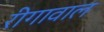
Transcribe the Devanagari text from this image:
रीगावाल